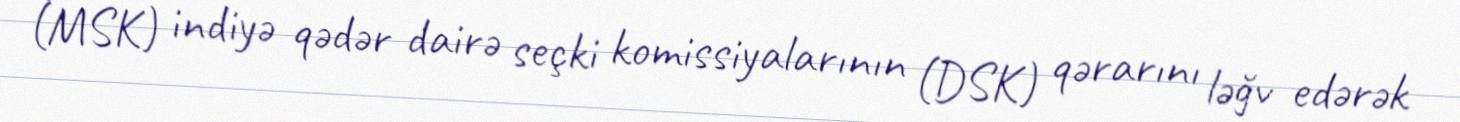
(MSK) indiyə qədər dairə seçki komissiyalarının (DSK) qərarını ləğv edərək